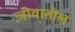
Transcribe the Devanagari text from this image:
जीवातील